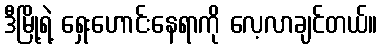
ဒီမြို့ရဲ့ ရှေးဟောင်းနေရာကို လေ့လာချင်တယ်။